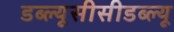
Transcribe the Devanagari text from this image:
डब्ल्यूसीसीडब्ल्यू